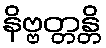
နိဗ္ဗတ္တန္တိ